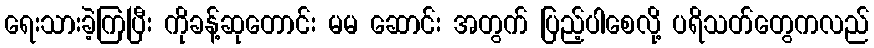
ရေးသားခဲ့ကြပြီး ကိုခန့်ဆုတောင်း မမ ဆောင်း အတွက် ပြည့်ပါစေလို့ ပရိသတ်တွေကလည်